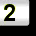
Digit: 2